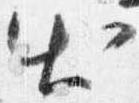
出